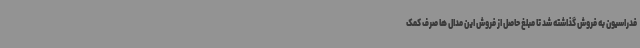
فدراسیون به فروش گذاشته شد تا مبلغ حاصل از فروش این مدال ها صرف کمک